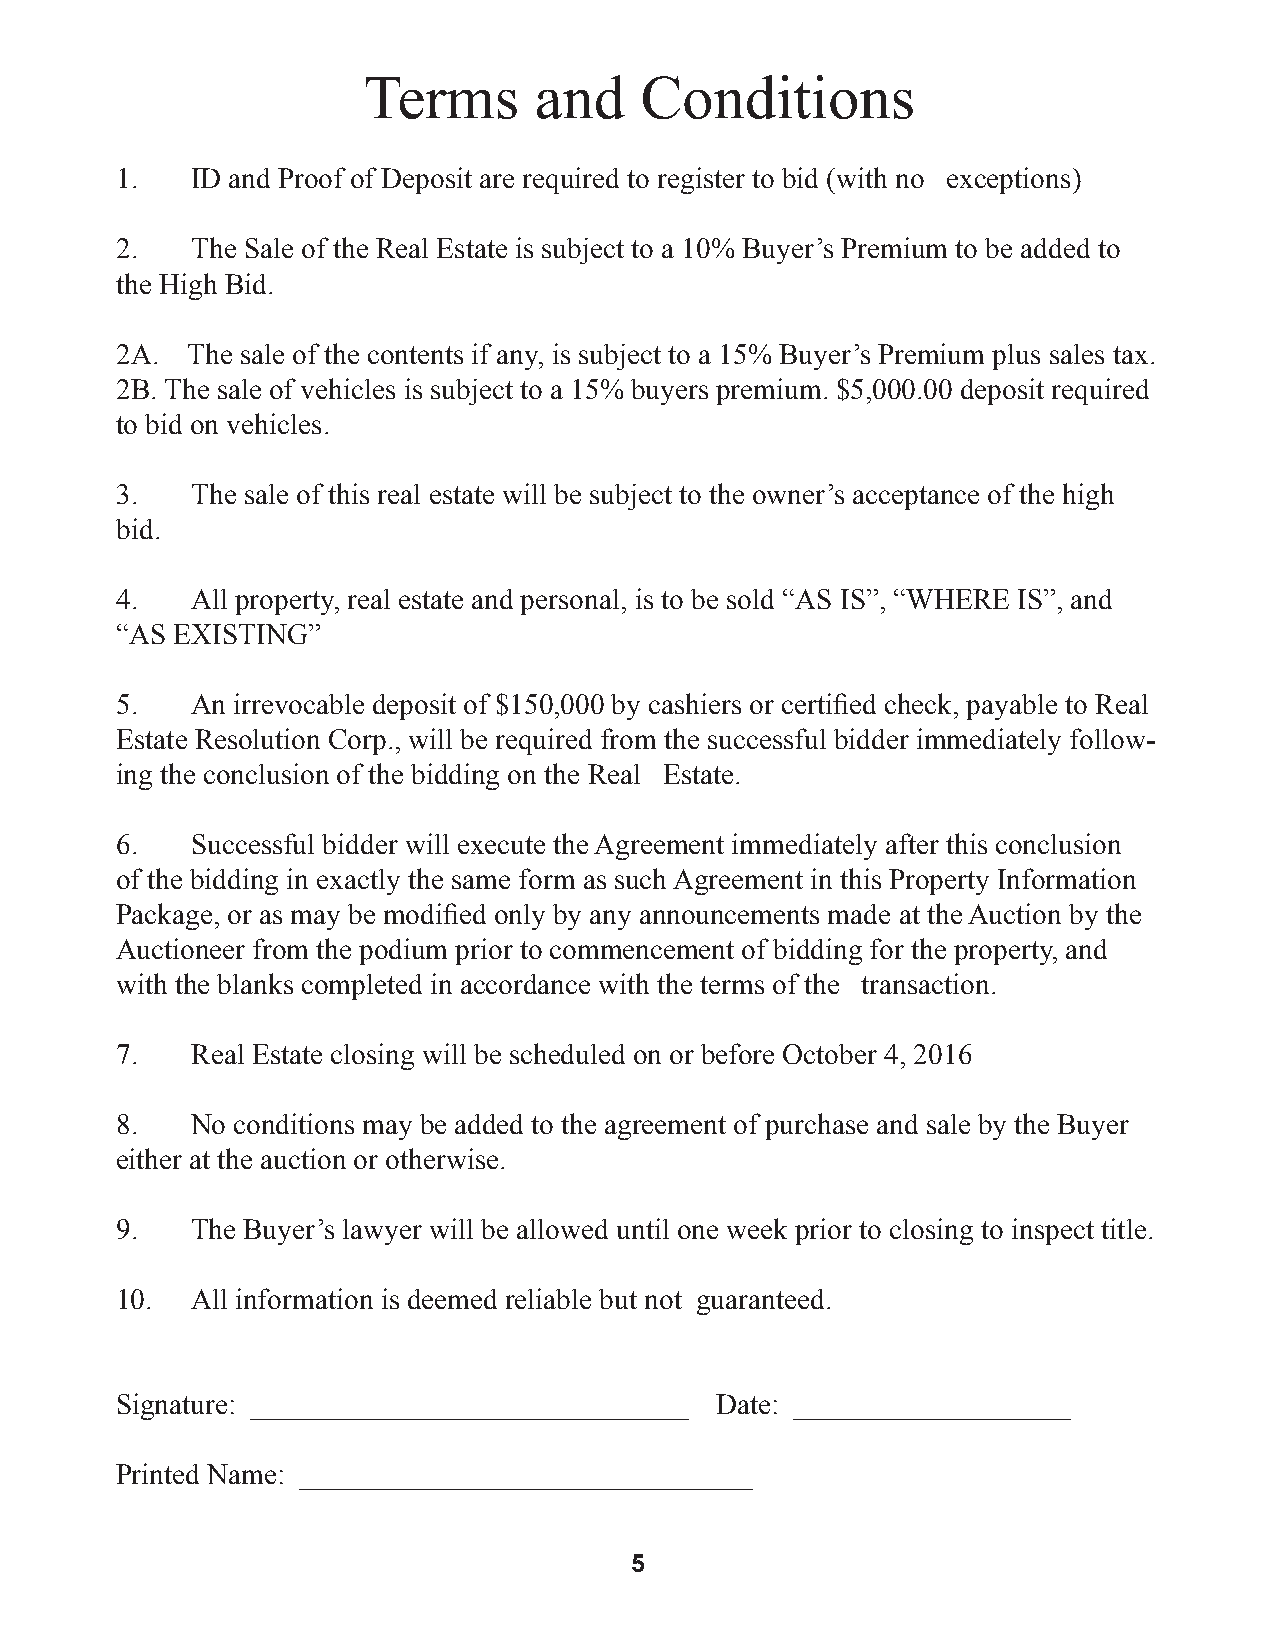
Terms      and    Conditions
 1.   ID and Proof of Deposit are required to register to bid (with no exceptions)
 2.   The Sale of the Real Estate is subject to a 10% Buyer’s Premium to be added to
 the High Bid.
 2A. The sale of the contents if any, is subject to a 15% Buyer’s Premium plus sales tax.
 2B. The sale of vehicles is subject to a 15% buyers premium. $5,000.00 deposit required
 to bid on vehicles.
 3.   The sale of this real estate will be subject to the owner’s acceptance of the high
 bid.
 4.   All property, real estate and personal, is to be sold “AS IS”, “WHERE IS”, and
 “AS EXISTING”
 5.   An irrevocable deposit of $150,000 by cashiers or certified check, payable to Real
 Estate Resolution Corp., will be required from the successful bidder immediately follow-
 ing the conclusion of the bidding on the Real Estate.
 6.   Successful bidder will execute the Agreement immediately after this conclusion
 of the bidding in exactly the same form as such Agreement in this Property Information
 Package, or as may be modified only by any announcements made at the Auction by the
 Auctioneer from the podium prior to commencement of bidding for the property, and
 with the blanks completed in accordance with the terms of the transaction.
 7.   Real Estate closing will be scheduled on or before October 4, 2016
 8.   No conditions may be added to the agreement of purchase and sale by the Buyer
 either at the auction or otherwise.
 9.   The Buyer’s lawyer will be allowed until one week prior to closing to inspect title.
 10.  All information is deemed reliable but not guaranteed.
 Signature: ______________________________ Date: ___________________
 Printed Name: _______________________________
 5